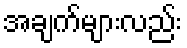
အချက်များလည်း